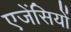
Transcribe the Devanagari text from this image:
एजेंसियों